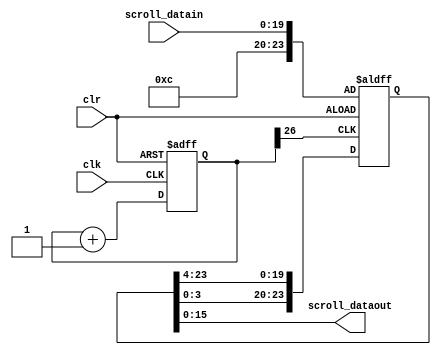
module seg_scroll(
    input clk,
    input clr,
	input [19:0] scroll_datain,
    output [15:0] scroll_dataout
    );
reg [26:0] q;
reg [23:0] msg_array;
always @(posedge clk_3 or posedge clr) 
begin
if(clr==1)
		begin 
		msg_array [19:0] <= scroll_datain[19:0];
		msg_array [23:20] <= 'hC;
		end
else 
		begin
		msg_array [19:0] <= msg_array[23:4];
		msg_array [23:20] <= msg_array[3:0];
		end
end
assign scroll_dataout[15:0] = msg_array[15:0];
always @(posedge clk or posedge clr)
begin
if(clr==1)
q<=0;
else 
q<=q+1;
end
assign clk_3 = q[26];
endmodule